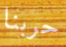
حربنا